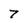
Character: 7